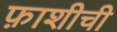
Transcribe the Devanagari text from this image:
फ़ाशीची